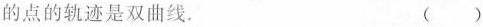
的点的轨迹是双曲线. ()